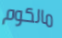
مالكوم